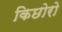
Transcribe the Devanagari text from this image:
किछोरो